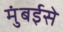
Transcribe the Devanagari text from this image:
मुंबईसे